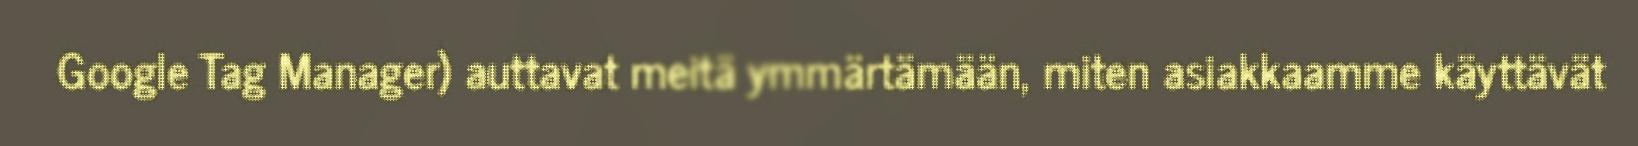
Google Tag Manager) auttavat meitä ymmärtämään, miten asiakkaamme käyttävät